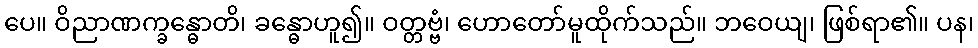
ပေ။ ဝိညာဏက္ခန္ဓောတိ၊ ခန္ဓောဟူ၍။ ဝတ္တဗ္ဗံ၊ ဟောတော်မူထိုက်သည်။ ဘဝေယျ၊ ဖြစ်ရာ၏။ ပန၊